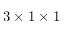
3 \times 1 \times 1